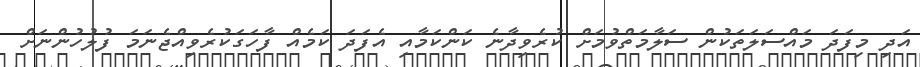
އަދި މިފަދަ މައްސަލަތަކުން ސަލާމަތްވުމަށް ކުރެވިދާނެ ކަންކަމާއި އެފަދަ ކަމެއް ފާހަގަކުރެވިއްޖެނަމަ ފުލުހުންނަށް